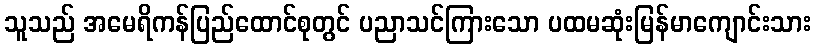
သူသည် အမေရိကန်ပြည်ထောင်စုတွင် ပညာသင်ကြားသော ပထမဆုံးမြန်မာကျောင်းသား